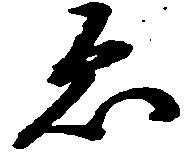
ゑ